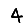
Digit: 4